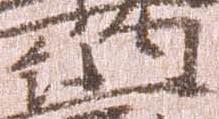
納